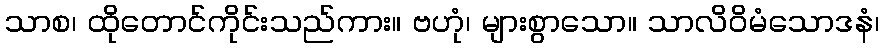
သာစ၊ ထိုတောင်ကိုင်းသည်ကား။ ဗဟုံ၊ များစွာသော။ သာလိဝိမံသောဒနံ၊